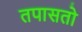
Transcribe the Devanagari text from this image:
तपासतो